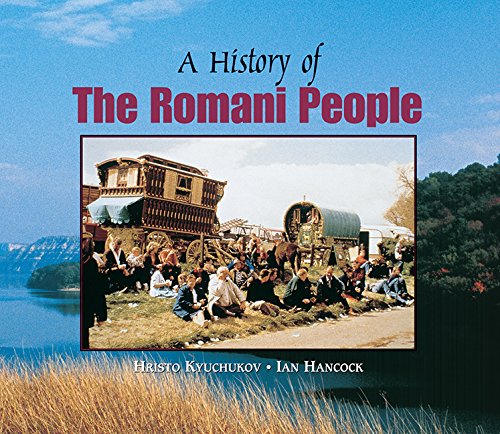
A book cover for A History of the Romani People; Hristo Kyuchukov; Children's Books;